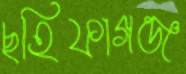
ছহিফাগঞ্জ